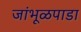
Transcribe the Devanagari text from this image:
जांभूळपाडा